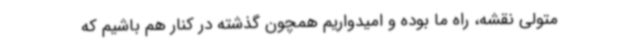
متولی نقشه، راه ما بوده و امیدواریم همچون گذشته در کنار هم باشیم که